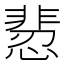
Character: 𩇻